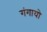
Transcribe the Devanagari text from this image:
गंगायो